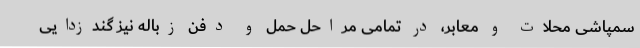
سمپاشی محلات و معابر، در تمامی مراحل حمل و دفن زباله نیز گندزدایی